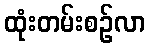
ထုံးတမ်းစဉ်လာ